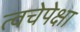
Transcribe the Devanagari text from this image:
त्वचेपेक्षा